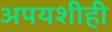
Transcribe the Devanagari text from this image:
अपयशीही